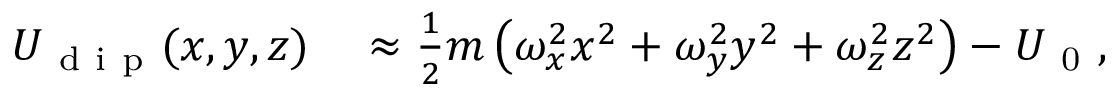
\begin{array} { r l } { U _ { \mathrm { ~ d ~ i ~ p ~ } } ( x , y , z ) } & { { } \approx \frac { 1 } { 2 } m \left( \omega _ { x } ^ { 2 } x ^ { 2 } + \omega _ { y } ^ { 2 } y ^ { 2 } + \omega _ { z } ^ { 2 } z ^ { 2 } \right) - U _ { \mathrm { ~ 0 ~ } } , } \end{array}